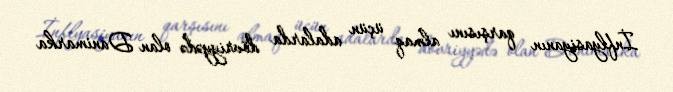
İnflyasiyanın qarşısını almaq üçün adalarda dövriyyədə olan Danimarka